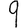
Digit: 9